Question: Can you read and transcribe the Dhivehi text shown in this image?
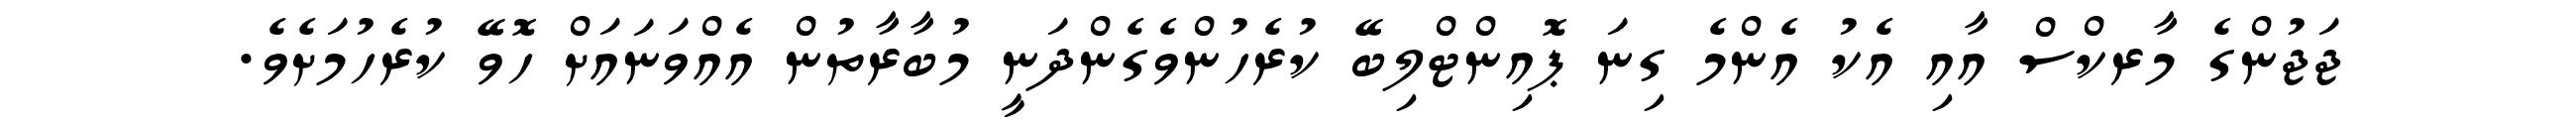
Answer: ޖަޖުންގެ މާރކްސް އާއި އެކު އެންމެ ގިނަ ޕޮއިންޓްލިބޭ ކުރެހުންވެގެންދަނީ މުބާރާތުން އެއްވަނައަށް ހޮވޭ ކުރެހުމަށެވެ.